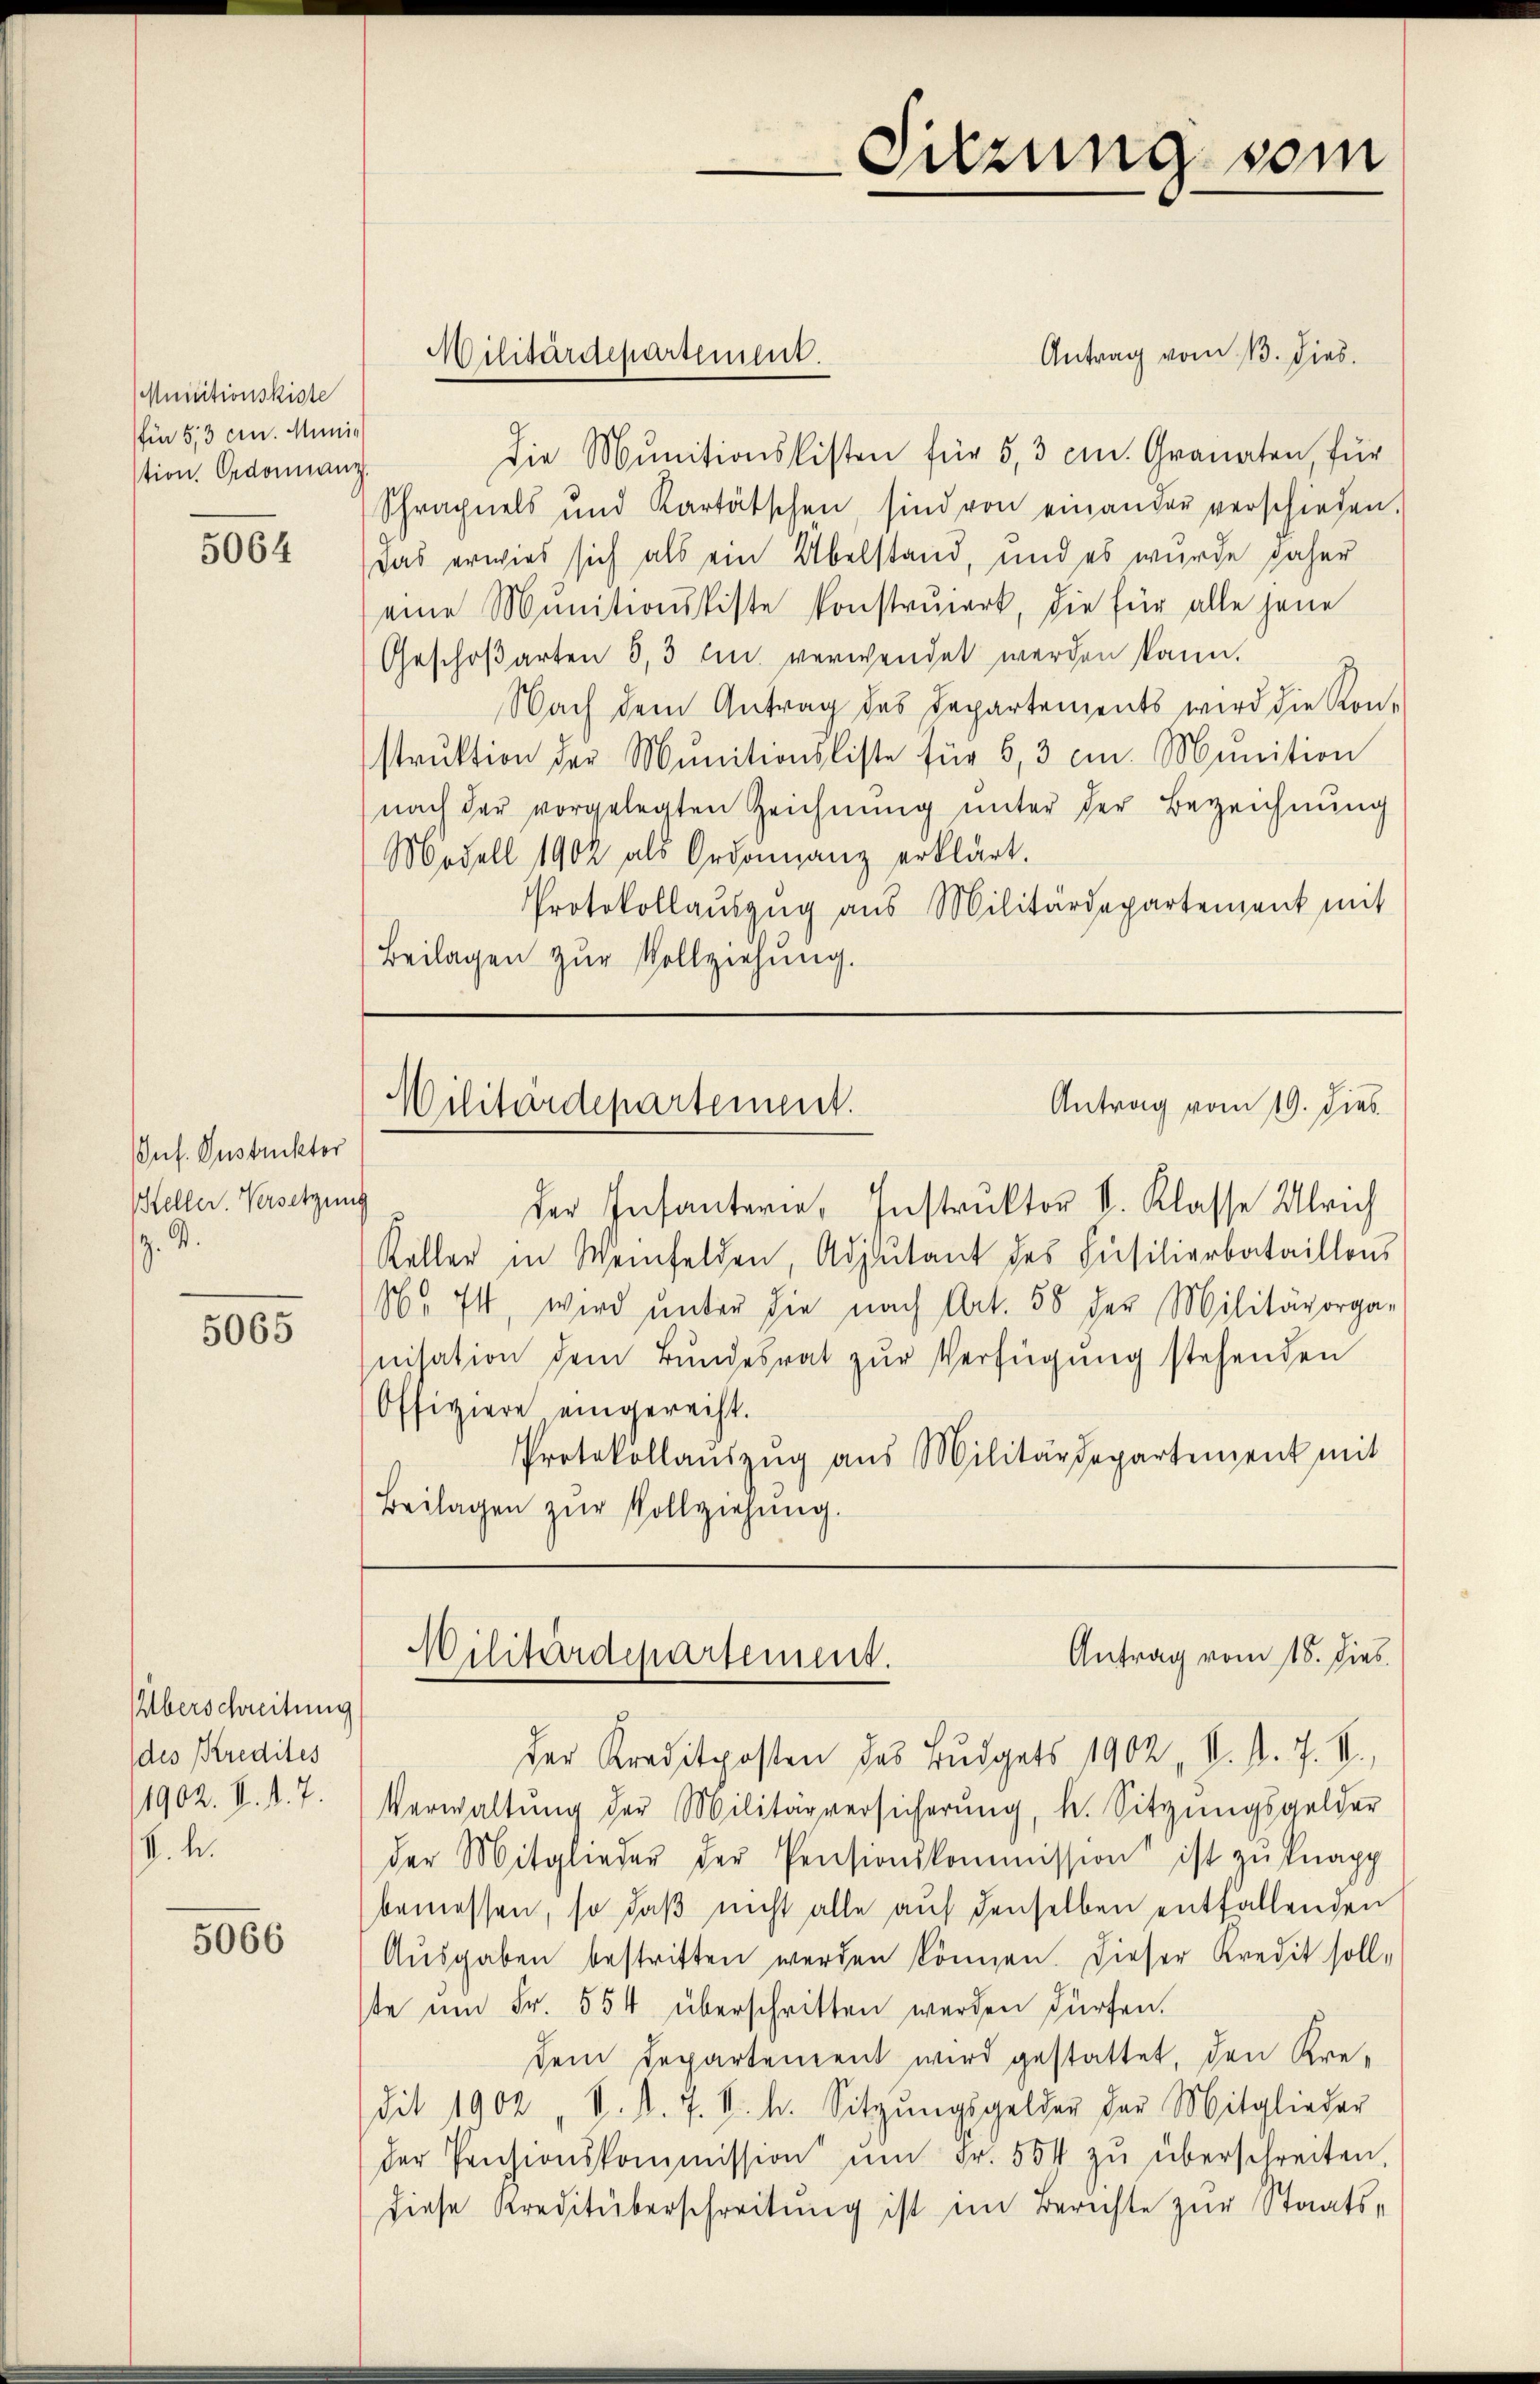
Muisitionskiste
(für 513 cin. Minis
tion. Ordonnanz

5064

Gut. Instruktor
Weller. Versetzung
. M.

5065

Überschreitung
des Kredites
1902. V.1.7.
V. h.

5066

Antrag vom 13. dies
Die Munitionslisten für 5,3 cm. Granaten, für
Schrachnels und Kartätschen sind von einander verschieden.
das erwies sich als ein Übelstand, und es wurde daher
eine Munitionskiste konstruiert, die für alle jene
Geschoßarten 3, 3 Em. verwendet werden kann.
Nach dem Antrag des Departements wird die Kon-
strŭktion der Munitionsliste für 6,3 cm. Munition
nach der vorgelegten Zeichnŭng ŭnter der Bezeichnŭng
Modell 1902 als Ordonnanz erklärt.
Protokollaŭszŭg aŭs Militärdepartement mit
Beilagen zŭr Vollziehung.

Militärdepartement.

drung vom

Antrag vom 19. Dies
Wilitärdepartement.

der Infanterie, Instruktor V. Klasse Ulrich
Keller in Weinfelden, Adjutant des Füsilierbataillon
166. 44, wird ŭnter die nach Art. 58 der Militärorga-
nisation dem Bŭndesrat zŭr Verfügung stehenden
Offiziere eingerecht.
Protokollaŭszŭg aŭs Militärdepartement mit
Beilagen zŭr Vollziehung.

der Kreditposten des Budgets 1902, V. P. J. V.,
Verwaltŭng der Militärversicherŭng, k. Sitzŭngsgelder
der Mitglieder der Pensionskommission ist zŭ knapp
bemessen, so daß nicht alle auf denselben entfallenden
Aŭsgaben bestritten werden können. Dieser Kredit soll-
ste um Fr. 554 überschritten werden dürfen.
dem Departement wird gestattet, den Kre-
dit 1902 "V. d. 7. d. h. Sitzŭngsgelder der Mitglieder
der Pensionskommission ŭm Fr. 554 zŭ überschreiten,
diese Kreditüberschreitung ist im Berichte zur Staats¬

Antrag vom 16. dies
Militärdepartement.